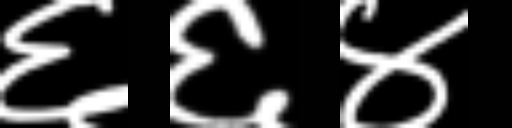
Text: ६६४